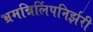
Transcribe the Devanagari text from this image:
भ्रमन्निलिंपनिर्झरी